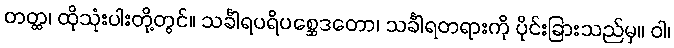
တတ္ထ၊ ထိုသုံးပါးတို့တွင်။ သင်္ခါရပရိပစ္ဆေဒတော၊ သင်္ခါရတရားကို ပိုင်းခြားသည်မှ။ ဝါ၊